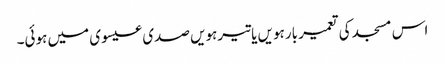
اس مسجد کی تعمیر بارہویں یا تیرہویں صدی عیسوی میں ہوئی۔